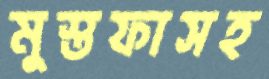
মুস্তফাসহ